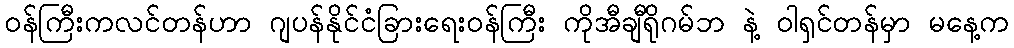
ဝန်ကြီးကလင်တန်ဟာ ဂျပန်နိုင်ငံခြားရေးဝန်ကြီး ကိုအီချီရိုဂမ်ဘ နဲ့ ဝါရှင်တန်မှာ မနေ့က